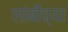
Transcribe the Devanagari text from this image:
लांबींच्या